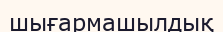
шығармашылдық